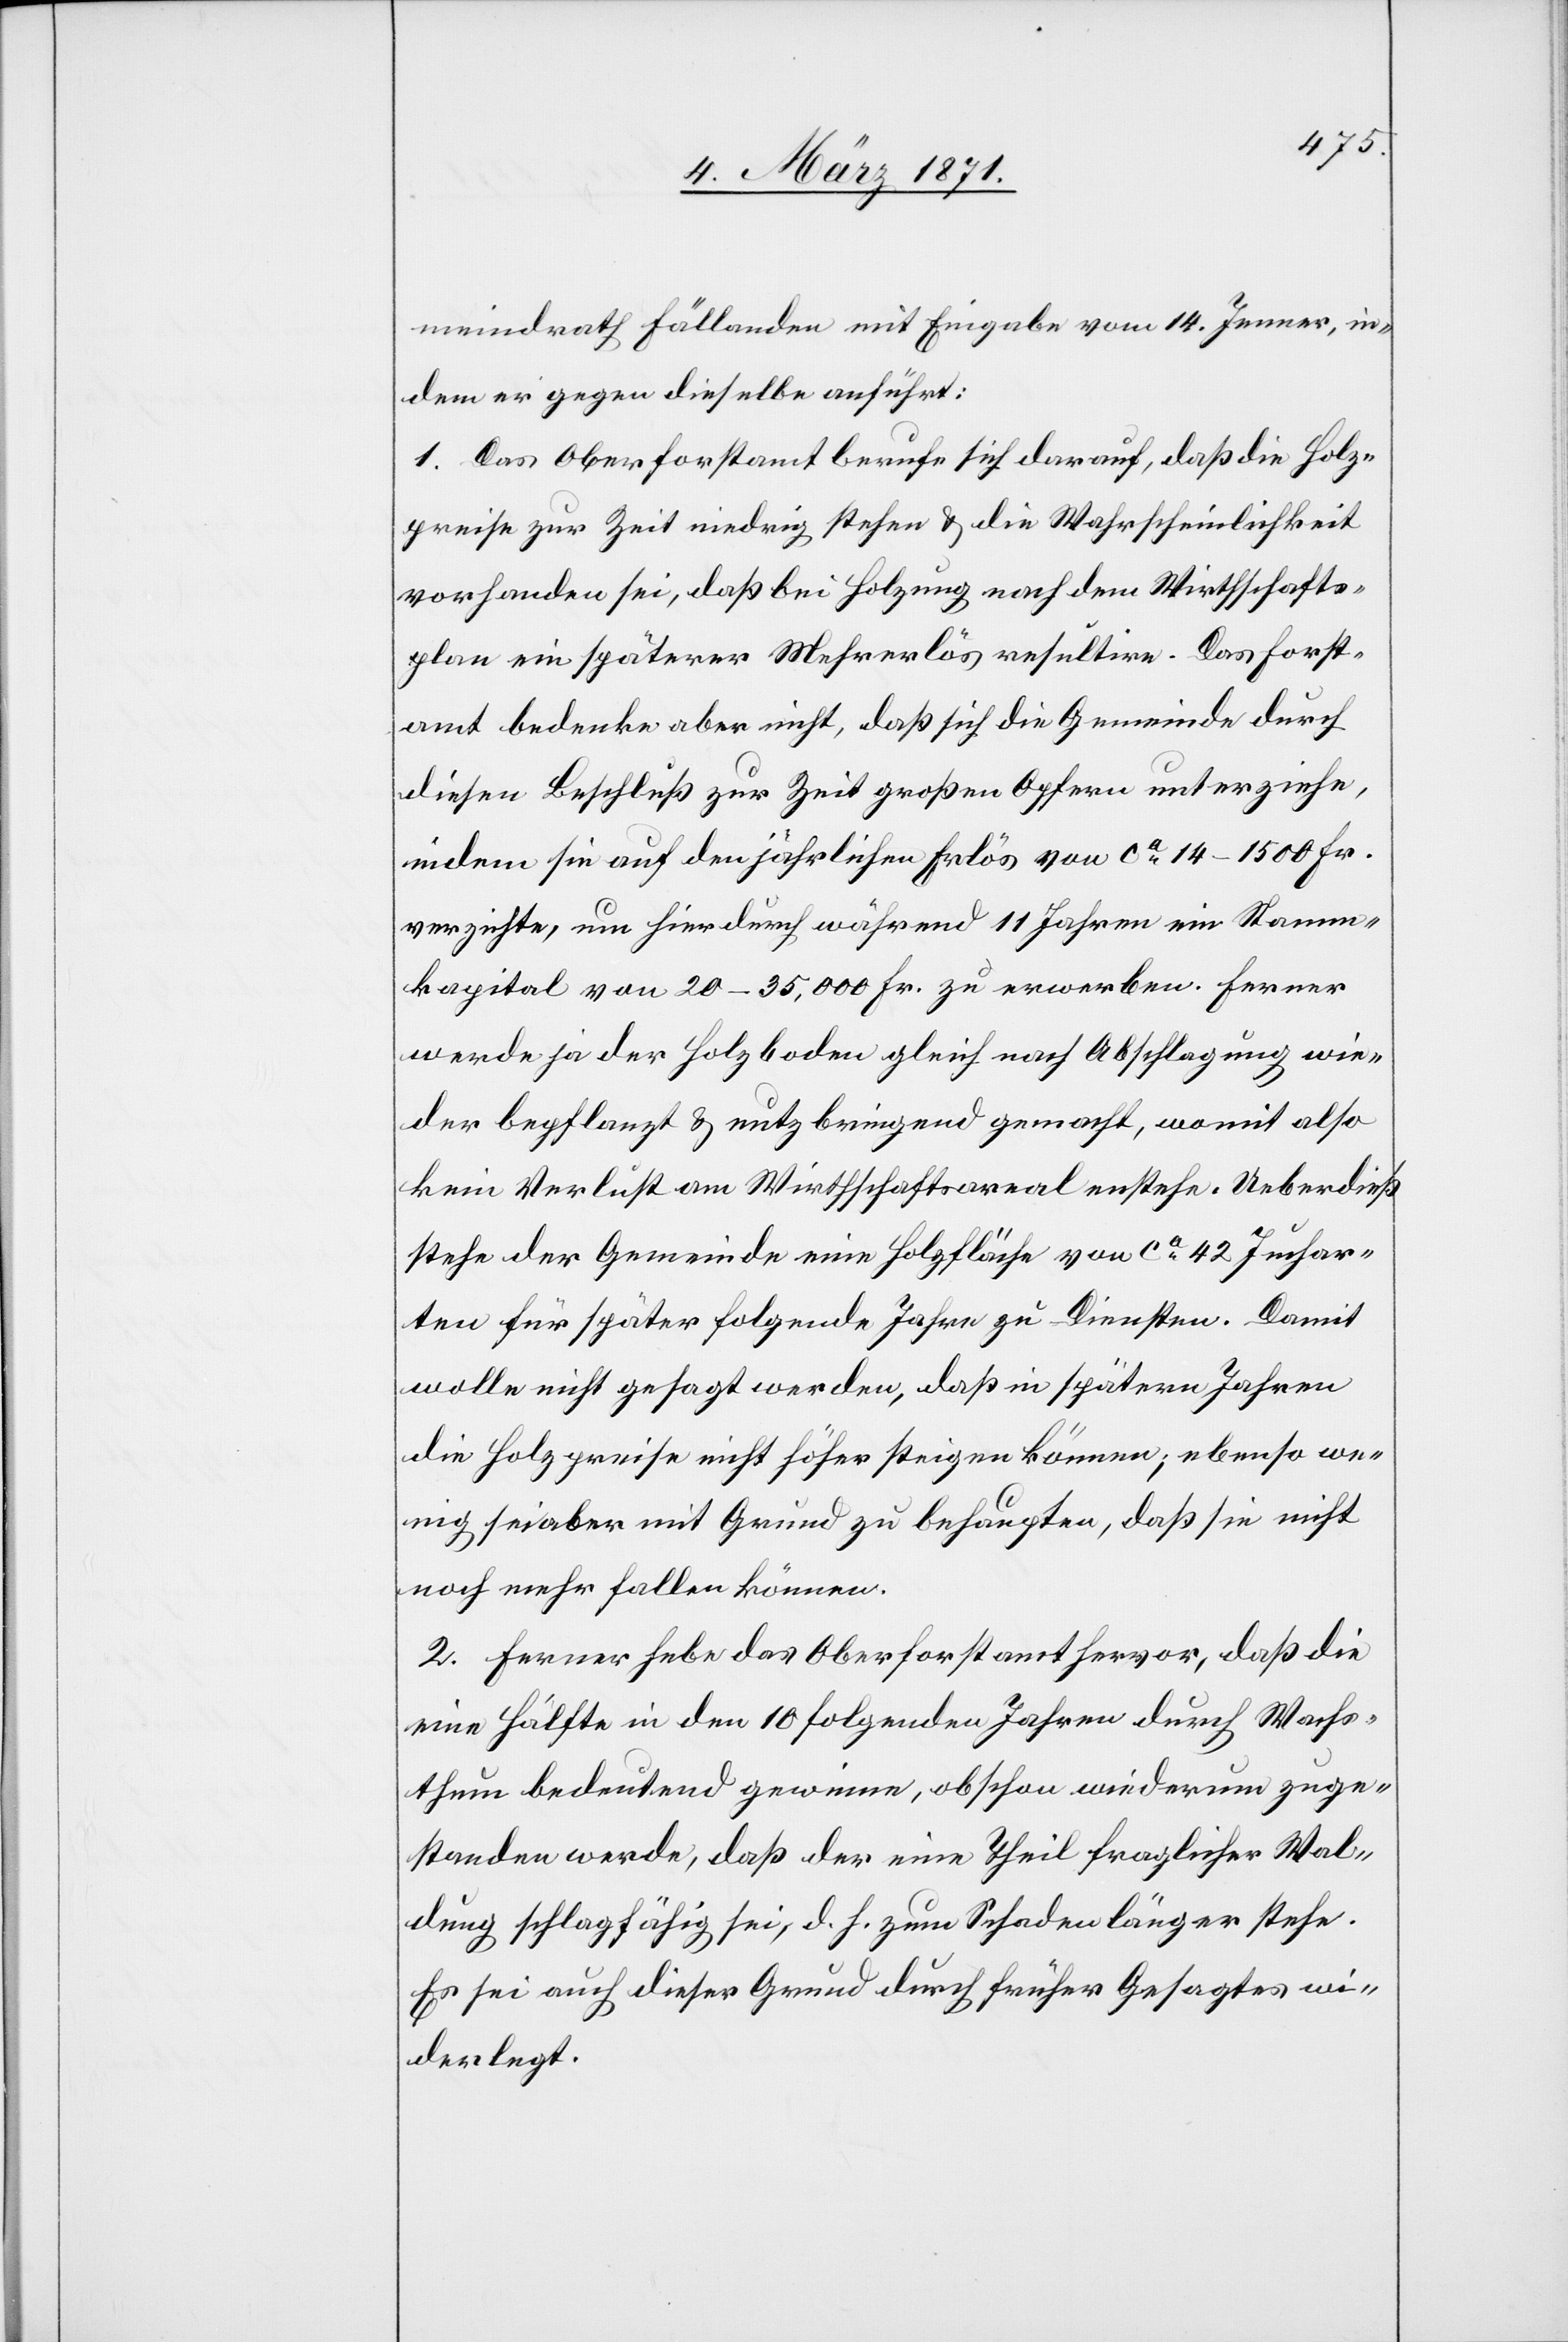
meindrath Fällanden mit Eingabe vom 14. Jenner, in¬
dem er gegen dieselbe anführt:
1. Das Oberforstamt berufe sich darauf, daß die Holz¬
preise zur Zeit niedrig stehen u. die Wahrscheinlichkeit
vorhanden sei, daß bei Holzung nach dem Wirthschafts¬
plan ein späterer Mehrerlös resultire. Das Forst¬
amt bedenke aber nicht, daß sich die Gemeinde durch
diesen Beschluß zur Zeit großen Opfern unterziehe,
indem sie auf den jährlichen Erlös von ca. 14–1500 Fr.
verzichte, um hierdurch während 11 Jahren ein Stamm¬
kapital von 20–35,000 Fr. zu erwerben. Ferner
werde ja der Holzboden gleich nach Abschlagung wie¬
der bepflanzt u. nutzbringend gemacht, womit also
kein Verlust am Wirtschaftsareal en[t]stehe. Ueberdieß
stehe der Gemeinde eine Holzfläche von ca. 42 Juchar¬
ten für später folgende Jahre zu Diensten. Damit
wolle nicht gesagt werden, daß in spätern Jahren
die Holzpreise nicht höher steigen können; ebenso we¬
nig sei aber mit Grund zu behaupten, daß sie nicht
noch mehr fallen können.
2. Ferner hebe das Oberforstamt hervor, daß die
eine Hälfte in den 10 folgenden Jahren durch Wachs¬
thum bedeutend gewinne, obschon wiederum zuge¬
standen werde, daß der eine Theil fraglicher Wal¬
dung schlagfähig sei, d. h. zum Schaden länger stehe.
Es sei auch dieser Grund durch früher Gesagtes wi¬
derlegt.